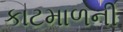
કાટમાળની